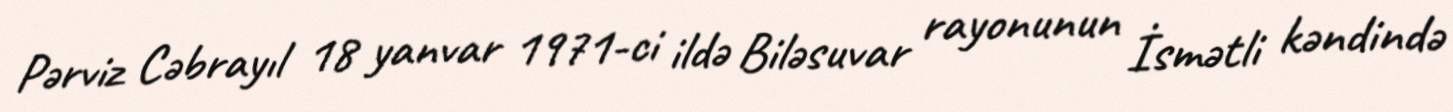
Pərviz Cəbrayıl 18 yanvar 1971-ci ildə Biləsuvar rayonunun İsmətli kəndində